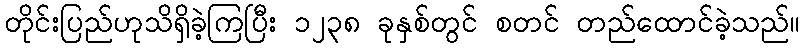
တိုင်းပြည်ဟုသိရှိခဲ့ကြပြီး ၁၂၃၈ ခုနှစ်တွင် စတင် တည်ထောင်ခဲ့သည်။